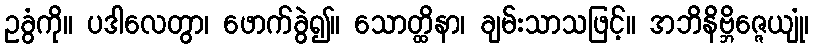
ဥခွံကို။ ပဒါလေတွာ၊ ဖောက်ခွဲ၍။ သောတ္ထိနာ၊ ချမ်းသာသဖြင့်။ အဘိနိဗ္ဘိဇ္ဇေယျုံ၊